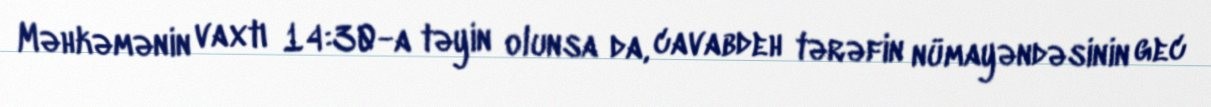
Məhkəmənin vaxtı 14:30-a təyin olunsa da, cavabdeh tərəfin nümayəndəsinin gec